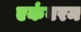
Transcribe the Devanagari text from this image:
एकंबरम